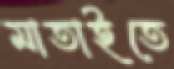
মাতাইতে